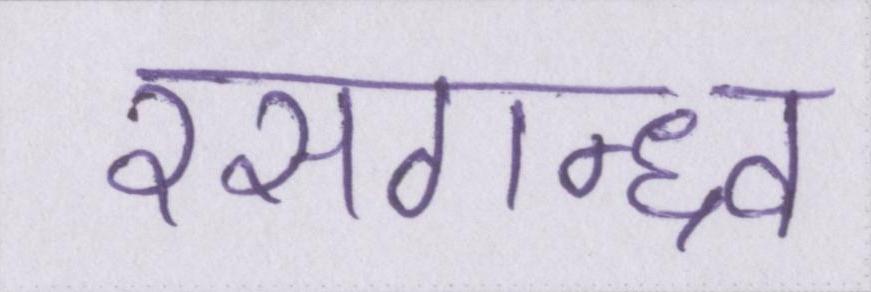
रसगन्ध्र्व